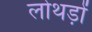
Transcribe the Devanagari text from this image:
लोथड़ों